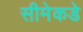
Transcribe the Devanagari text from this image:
सीमेकडे